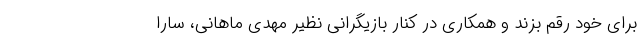
برای خود رقم بزند و همکاری در کنار بازیگرانی نظیر مهدی ماهانی، سارا